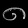
Digit: ၈